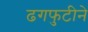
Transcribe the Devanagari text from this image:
ढगफुटीने